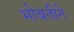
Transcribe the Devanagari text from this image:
भोवतीने